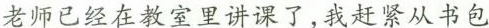
老师已经在教室里讲课了，我赶紧从书包